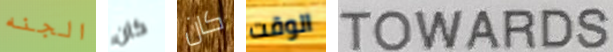
الجنه كان كان الوقت TOWARDS